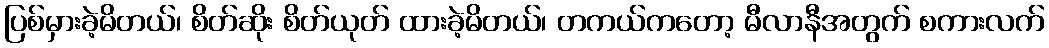
ပြစ်မှားခဲ့မိတယ်၊ စိတ်ဆိုး စိတ်ယုတ် ထားခဲ့မိတယ်၊ တကယ်ကတော့ မီလာနီအတွက် စကားလက်